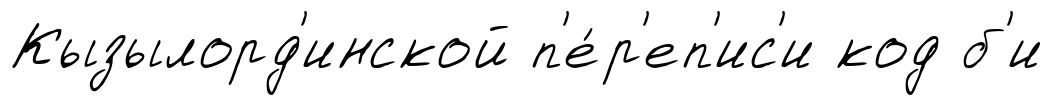
Кызылорд'инской п'е́р'еп'ис'и код б'и